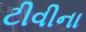
ટીવીના